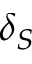
\delta _ { S }